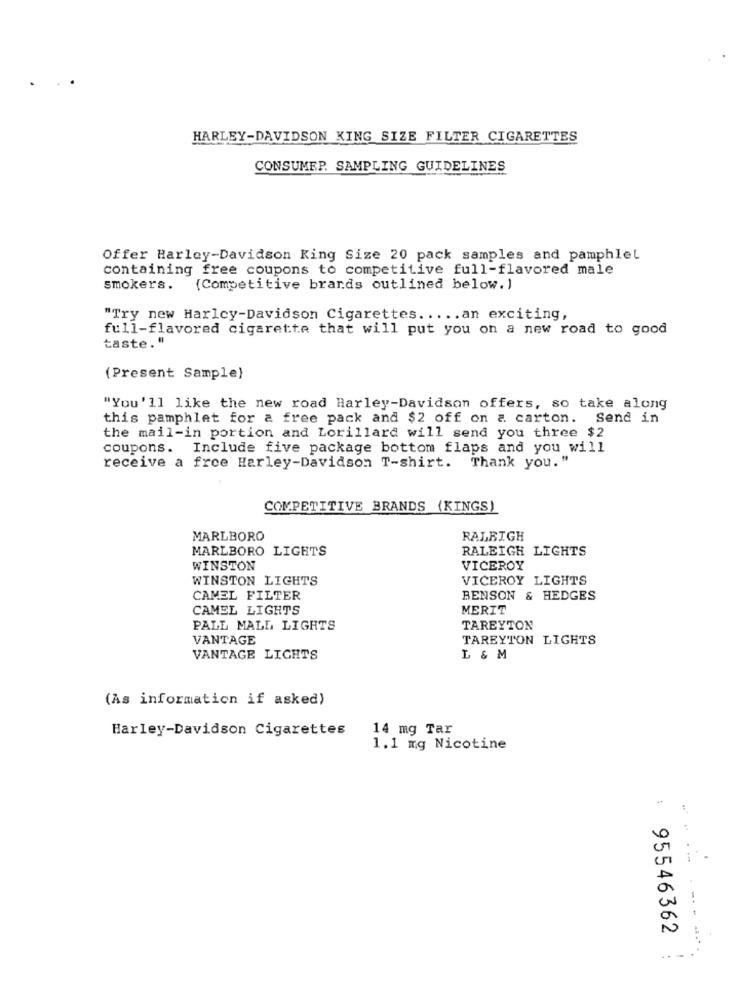
HARLEY-DAVIDSON KING SIZE FILTER CIGARETTES
CONSUMEP. SAMPLING GUIDELINES
Offer Harley-Davidson King Size 20 pack samples and pamphlet
containing free coupons to competitive full-flavored male
smokers.
(Competitive brands outlined below. )
"Try new Harley-Davidson Cigarettes ..... an exciting,
full-flavored cigarette that will put you on a new road to good
taste. "
(Present Sample)
"You'll like the new road Harley-Davidson offers, so take along
this pamphlet for a free pack and $2 off on a. carton. Send in
the mail-in portion and Lorillard will send you three $2
coupons. Include five package bottom flaps and you will
receive a free Harley-Davidson T-shirt. Thank you."
COMPETITIVE BRANDS (KINGS)
MARLBORO
RALEIGH
MARLBORO LIGHTS
RALEIGH LIGHTS
WINSTON
VICEROY
WINSTON LIGHTS
VICEROY LIGHTS
CAMEL FILTER
BENSON & HEDGES
CAMEL LIGHTS
MERIT
PALL MALL LIGHTS
TAREYTON
VANTAGE
TAREYTON LIGHTS
VANTAGE LIGHTS
L & M
(As information if asked)
Harley-Davidson Cigarettes
14 mg Tar
1.1 mg Nicotine
95546362